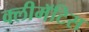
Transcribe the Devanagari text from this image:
क्लीमॅटिस